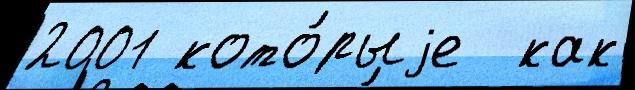
2001 кото́рыjе  как